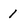
Character: 1